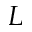
L